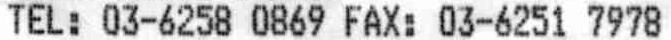
TEL: 03-6258 0869 FAX: 03-6251 7978